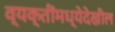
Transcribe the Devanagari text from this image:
व्यक्तींमध्येदेखील